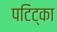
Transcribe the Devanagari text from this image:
पटिट्का